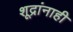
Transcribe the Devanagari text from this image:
शूद्रांनाही